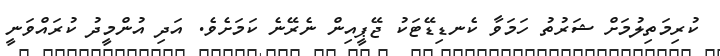
ކުރިމަތިލުމަށް ޝަރުތު ހަމަވާ ކެނޑިޑޭޓަކު ޖޭޕީއިން ނެރޭނެ ކަމަށެވެ. އަދި އުންމީދު ކުރައްވަނީ